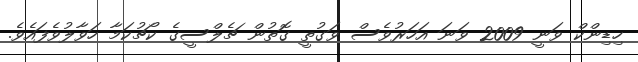
ހިޑިންކް ވަނީ 2009 ވަނަ އަހަރުވެސް ވަގުތީ ގޮތުން ޗެލްސީގެ ކޯޗުކަމާ ހަވާލުވެފައެވެ.